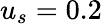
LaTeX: u_{s}=0.2